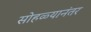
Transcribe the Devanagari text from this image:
सोहळ्यानंतर